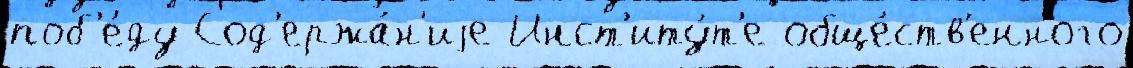
поб'е́ду Сод'ержа́н'иjе Инст'иту́т'е обще́ств'енного